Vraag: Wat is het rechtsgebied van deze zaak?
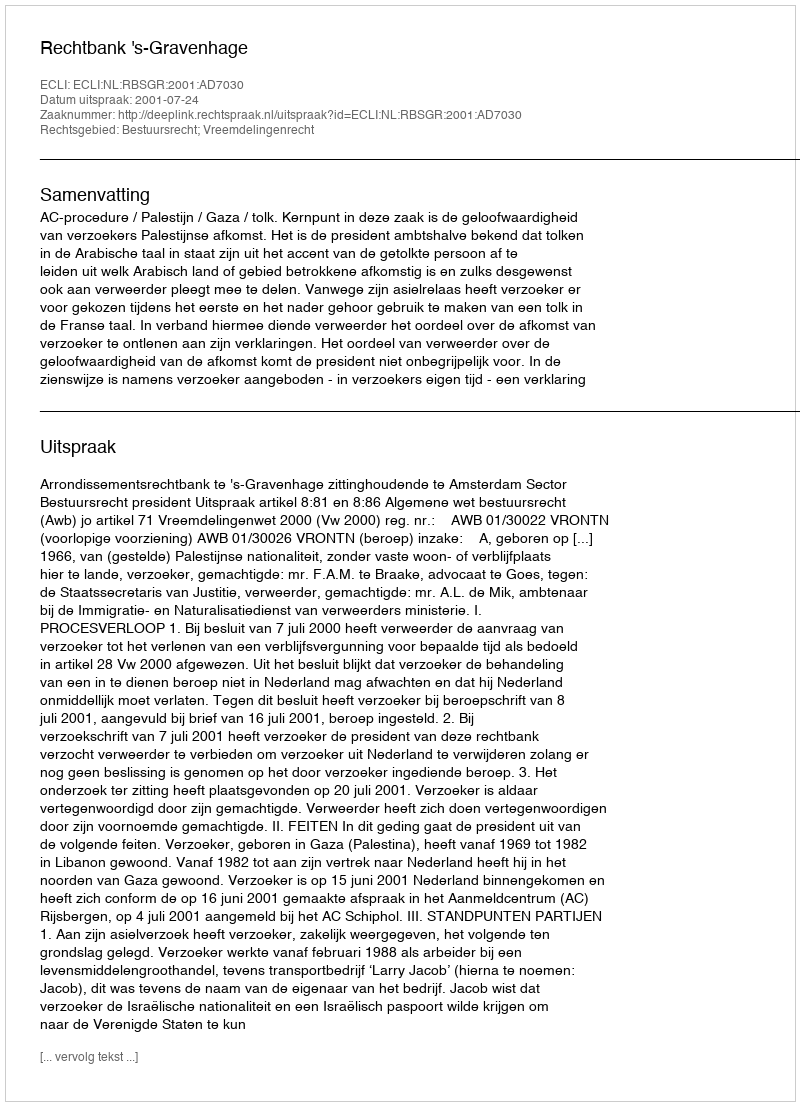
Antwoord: Bestuursrecht; Vreemdelingenrecht